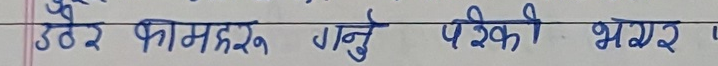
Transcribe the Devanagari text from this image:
डेढै कामहरू गर्नु परेको भएर